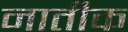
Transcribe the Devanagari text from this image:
नातीक